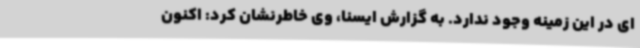
ای در این زمینه وجود ندارد. به گزارش ایسنا، وی خاطرنشان کرد: اکنون